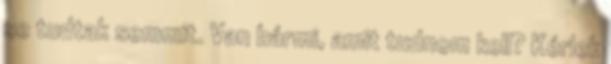
se tudtak semmit. Van bármi, amit tudnom kell? Kérlek